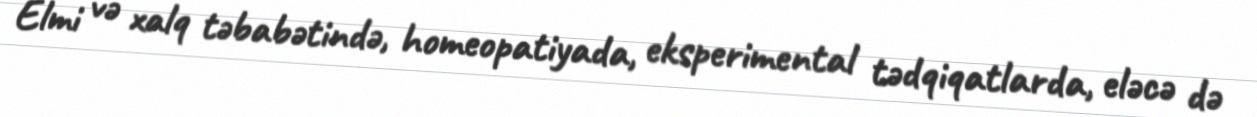
Elmi və xalq təbabətində, homeopatiyada, eksperimental tədqiqatlarda, eləcə də